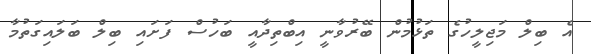
އެ ބިލް މަޖިލީހުގެ ތަޅުމުން ބޭރުވާނީ އިބްތިދާއީ ބަހުސް ފަށައި ބިލް ބަލައިގަތުމާ